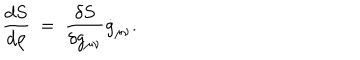
{ \frac { d S } { d \rho } } ~ = ~ { \frac { \delta S } { \delta g _ { \mu \nu } } } \dot { g } _ { \mu \nu } .